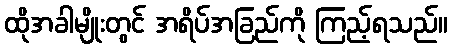
ထိုအခါမျိုးတွင် အရိပ်အခြည်ကို ကြည့်ရသည်။